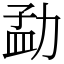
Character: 勐